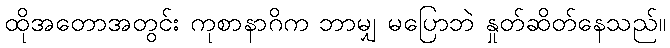
ထိုအတောအတွင်း ကုစာနာဂိက ဘာမျှ မပြောဘဲ နှုတ်ဆိတ်နေသည်။